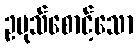
ဥပုသ်စောင့်သော